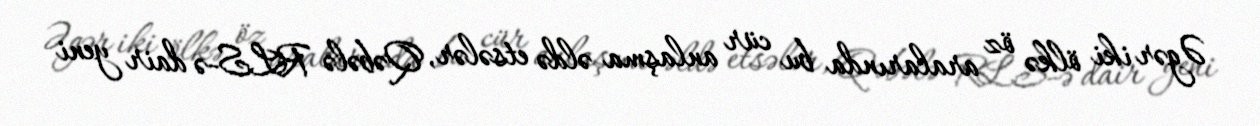
Əgər iki ölkə öz aralarında bu cür anlaşma əldə etsələr, Qəbələ RLS-ə dair yeni